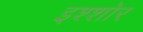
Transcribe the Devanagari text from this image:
इश्शोर